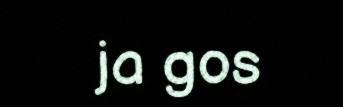
ja gos